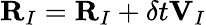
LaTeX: {\mathbf R}_{I}={\mathbf R}_{I}+\delta t{\mathbf V}_{I}